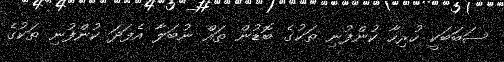
ސަބަބަކީ ހުރިހާ ކުންފުނި ތަކުގެ ބޮޑުން ތައް ނުބަލާ އެފަދަ ކުންފުނި ތަކުގެ